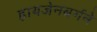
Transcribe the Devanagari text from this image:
हायजेनबर्गने